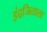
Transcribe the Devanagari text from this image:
इंद्रजिताला